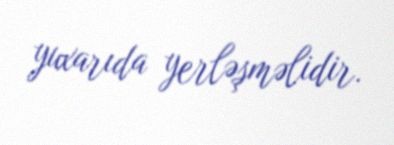
yuxarıda yerləşməlidir.